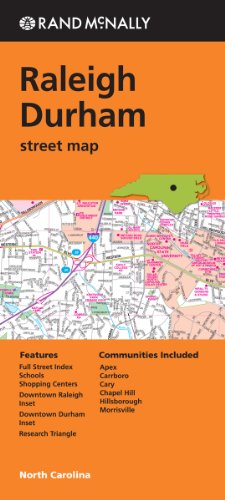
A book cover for Rand McNally Raleigh Durham, North Carolina Street Map; Travel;